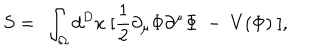
S = ~ \int _ { \Omega } d ^ { D } x ~ [ \frac { 1 } { 2 } \partial _ { \mu } \Phi \partial ^ { \mu } \Phi ~ - ~ V ( \Phi ) ~ ] ,